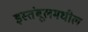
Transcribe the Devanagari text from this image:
इस्तंबूलमधील